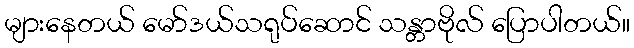
များနေတယ် မော်ဒယ်သရုပ်ဆောင် သန္တာဗိုလ် ပြောပါတယ်။